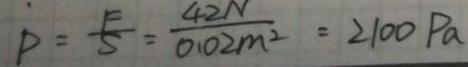
P = \frac { F } { S } = \frac { 4 2 N } { 0 . 0 2 m ^ { 2 } } = 2 1 0 0 P a